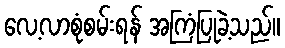
လေ့လာစုံစမ်းရန် အကြံပြုခဲ့သည်။